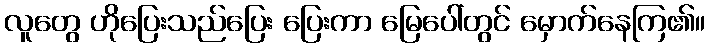
လူတွေ ဟိုပြေးသည်ပြေး ပြေးကာ မြေပေါ်တွင် မှောက်နေကြ၏။